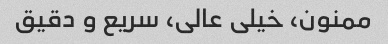
ممنون، خیلی عالی، سریع و دقیق